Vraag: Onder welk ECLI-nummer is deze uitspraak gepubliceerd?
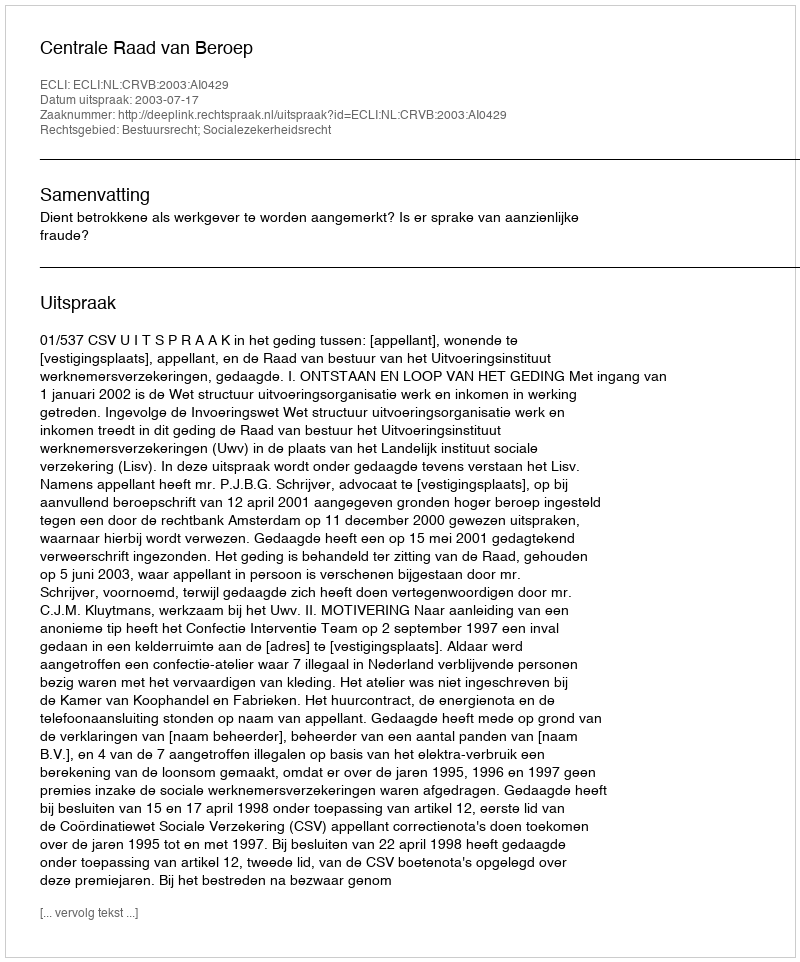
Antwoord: ECLI:NL:CRVB:2003:AI0429